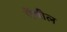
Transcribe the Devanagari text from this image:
ऐंथील